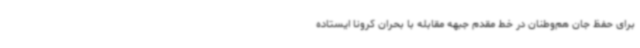
برای حفظ جان هم‌وطنان در خط مقدم جبهه مقابله با بحران کرونا ایستاده